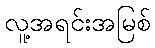
လူ့အရင်းအမြစ်